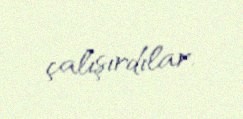
çalışırdılar.